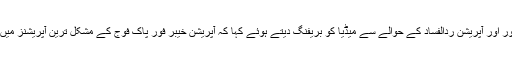
ڈی جی آئی آیس پی آر نے آپریشن خیبر فور اور آپریشن ردالفساد کے حوالے سے میڈیا کو بریفنگ دیتے ہوئے کہا کہ آپریشن خیبر فور پاک فوج کے مشکل ترین آپریشنز میں سے ایک تھا جسے مکمل کر لیا گیا ہے۔